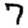
Digit: 7